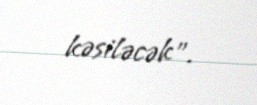
kəsiləcək”.